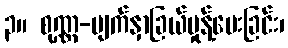
၃။ စုဏ္ဏ-မျက်နှာခြယ်မှုန့်ပေးခြင်း၊